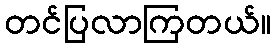
တင်ပြလာကြတယ်။